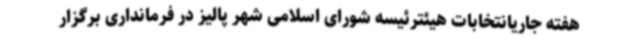
هفته جاریانتخابات هیئترئیسه شورای اسلامی شهر پالیز در فرمانداری برگزار